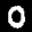
Label: 0